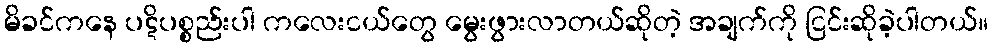
မိခင်ကနေ ပဋိပစ္စည်းပါ ကလေးငယ်တွေ မွေးဖွားလာတယ်ဆိုတဲ့ အချက်ကို ငြင်းဆိုခဲ့ပါတယ်။